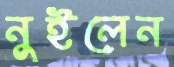
নুইলেন